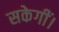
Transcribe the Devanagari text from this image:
सकेगीं।